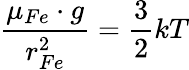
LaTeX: \frac{\mu_{Fe}\cdot g}{r_{Fe}^{2}}=\frac{3}{2}kT